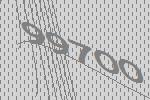
99700